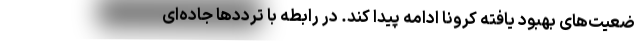
ضعیت‌های بهبود یافته کرونا ادامه پیدا کند. در رابطه با ترددها جاده‌ای